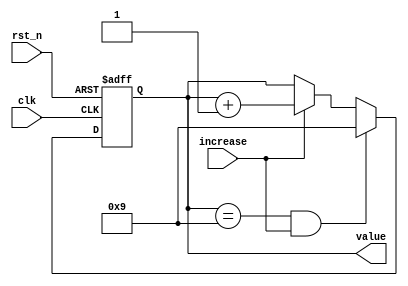
`timescale 1ns / 1ps
//////////////////////////////////////////////////////////////////////////////////
// Company: 
// Engineer: 
// 
// Design Name: 
// Module Name: upcounter_lose
// Project Name: 
// Target Devices: 
// Tool Versions: 
// Description: 
// 
// Dependencies: 
// 
// Revision:
// Revision 0.01 - File Created
// Additional Comments:
// 
//////////////////////////////////////////////////////////////////////////////////


module upcounter_lose(
    input increase,
    input clk,
    input rst_n,
    output reg [3:0] value
    );
    reg [3:0]value_tmp;  
    
    always @*
    if(value==4'd9 && increase)
    begin
    value_tmp = 4'd9;
    end
    
    else if(increase)
    begin 
    value_tmp = value+1'b1;
    end
    
    else
    begin
    value_tmp = value;
    end
    
    always@(posedge clk or negedge rst_n)
    if(~rst_n) value <= 4'b0;
    else value <= value_tmp;
    
    endmodule